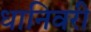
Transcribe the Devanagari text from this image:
धानिवरी